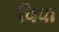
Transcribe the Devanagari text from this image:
चिचा